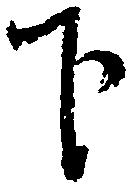
下